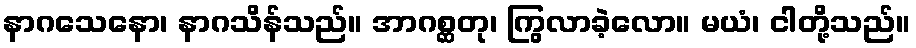
နာဂသေနော၊ နာဂသိန်သည်။ အာဂစ္ဆတု၊ ကြွလာခဲ့လော။ မယံ၊ ငါတို့သည်။